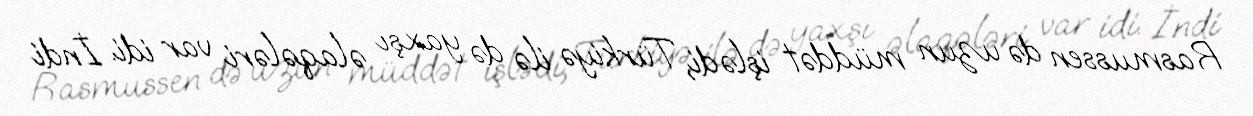
Rasmussen də uzun müddət işlədi, Türkiyə ilə də yaxşı əlaqələri var idi. İndi